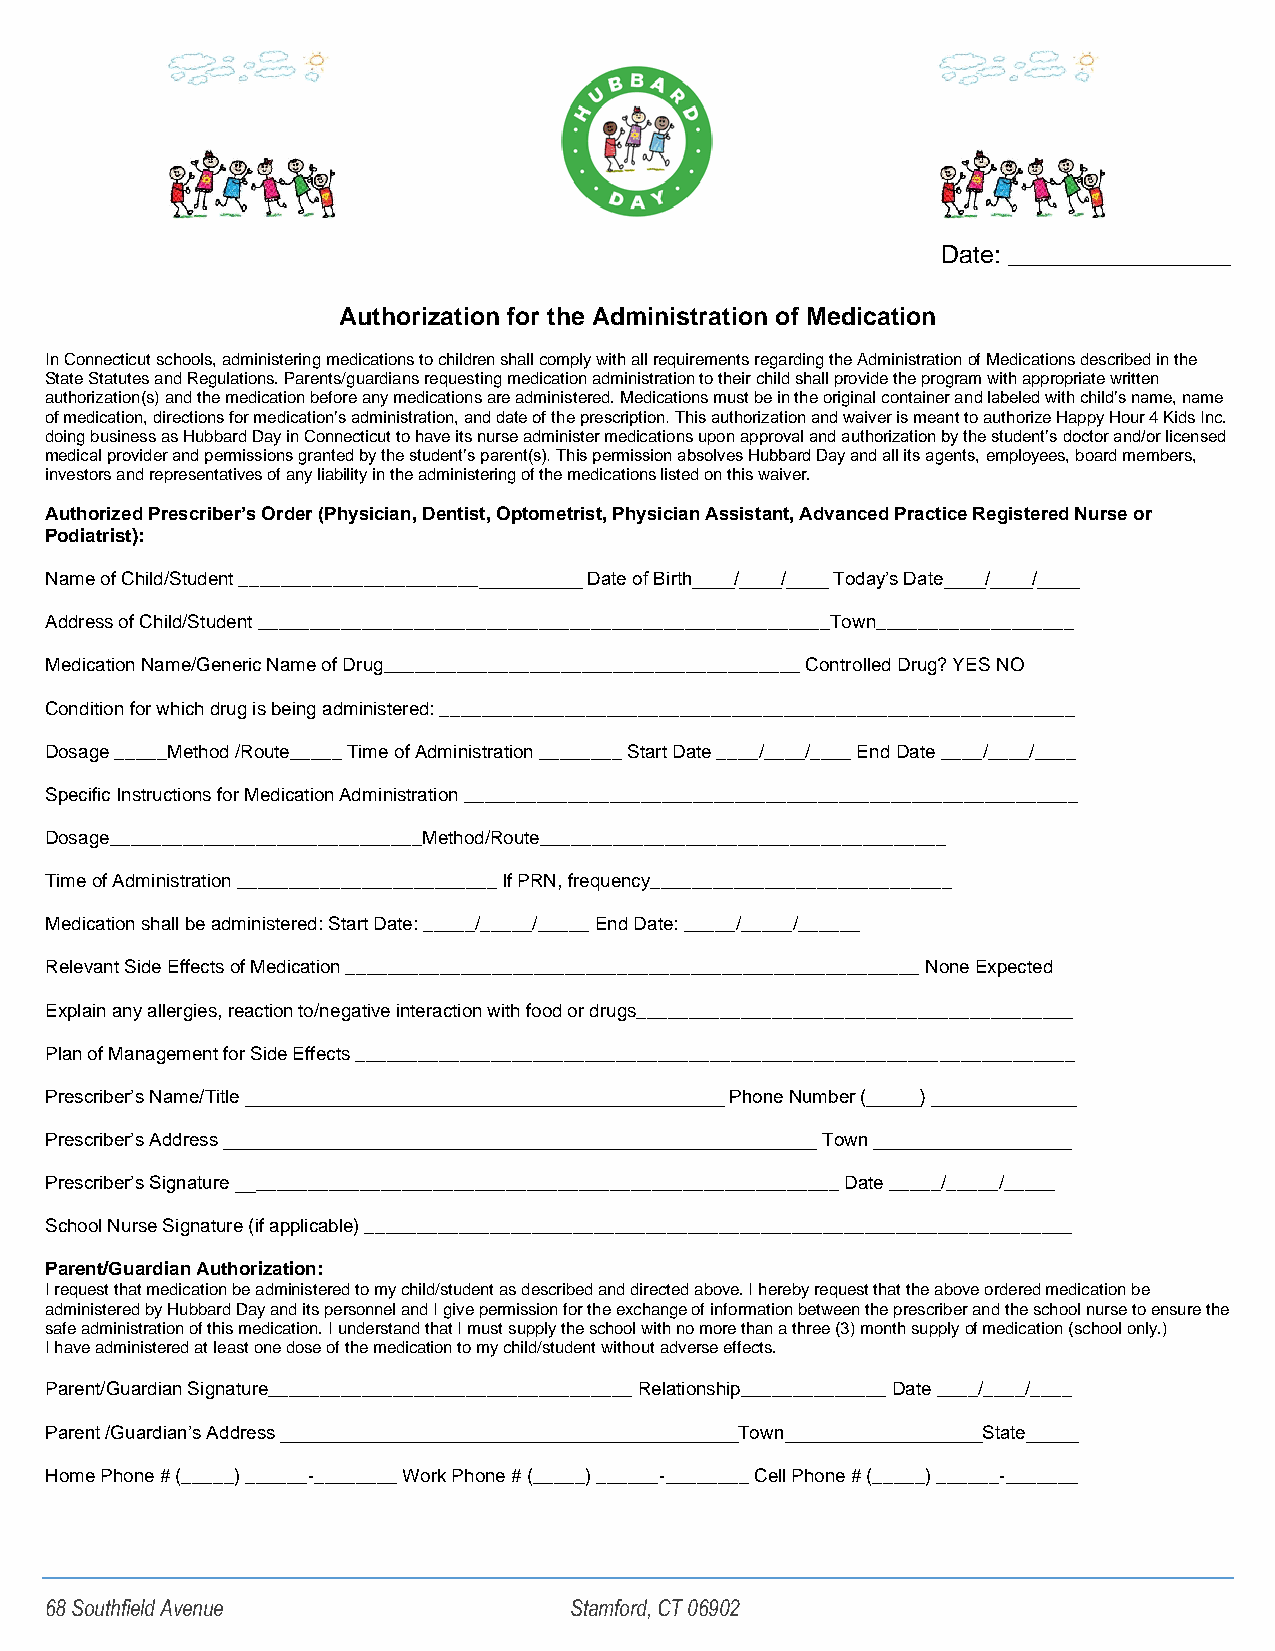
Date: ________________
 Authorization for the Administration of Medication
 In Connecticut schools, administering medications to children shall comply with all requirements regarding the Administration of Medications described in the
 State Statutes and Regulations. Parents/guardians requesting medication administration to their child shall provide the program with appropriate written
 authorization(s) and the medication before any medications are administered. Medications must be in the original container and labeled with child’s name, name
 of medication, directions for medication’s administration, and date of the prescription. This authorization and waiver is meant to authorize Happy Hour 4 Kids Inc.
 doing business as Hubbard Day in Connecticut to have its nurse administer medications upon approval and authorization by the student’s doctor and/or licensed
 medical provider and permissions granted by the student’s parent(s). This permission absolves Hubbard Day and all its agents, employees, board members,
 investors and representatives of any liability in the administering of the medications listed on this waiver.
 Authorized Prescriber’s Order (Physician, Dentist, Optometrist, Physician Assistant, Advanced Practice Registered Nurse or
 Podiatrist):
 Name of Child/Student _________________________________ Date of Birth____/____/____ Today’s Date____/____/____
 Address of Child/Student _______________________________________________________Town___________________
 Medication Name/Generic Name of Drug________________________________________ Controlled Drug? YES NO
 Condition for which drug is being administered: _____________________________________________________________
 Dosage _____Method /Route_____ Time of Administration ________ Start Date ____/____/____ End Date ____/____/____
 Specific Instructions for Medication Administration ___________________________________________________________
 Dosage______________________________Method/Route_______________________________________
 Time of Administration _________________________ If PRN, frequency_____________________________
 Medication shall be administered: Start Date: _____/_____/_____ End Date: _____/_____/______
 Relevant Side Effects of Medication _______________________________________________________ None Expected
 Explain any allergies, reaction to/negative interaction with food or drugs__________________________________________
 Plan of Management for Side Effects _____________________________________________________________________
 Prescriber’s Name/Title ______________________________________________ Phone Number (_____) ______________
 Prescriber’s Address _________________________________________________________ Town ___________________
 Prescriber’s Signature __________________________________________________________ Date _____/_____/_____
 School Nurse Signature (if applicable) ____________________________________________________________________
 Parent/Guardian Authorization:
 I request that medication be administered to my child/student as described and directed above. I hereby request that the above ordered medication be
 administered by Hubbard Day and its personnel and I give permission for the exchange of information between the prescriber and the school nurse to ensure the
 safe administration of this medication. I understand that I must supply the school with no more than a three (3) month supply of medication (school only.)
 I have administered at least one dose of the medication to my child/student without adverse effects.
 Parent/Guardian Signature___________________________________ Relationship______________ Date ____/____/____
 Parent /Guardian’s Address ____________________________________________Town___________________State_____
 Home Phone # (_____) ______-________ Work Phone # (_____) ______-________ Cell Phone # (_____) ______-_______
 68 Southfield Avenue               Stamford, CT 06902